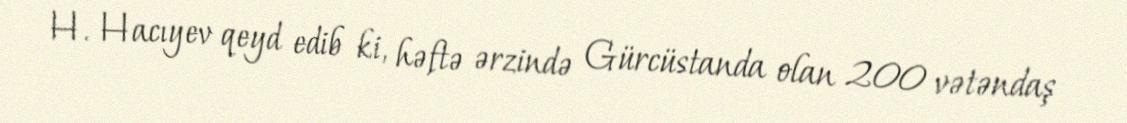
H. Hacıyev qeyd edib ki, həftə ərzində Gürcüstanda olan 200 vətəndaş